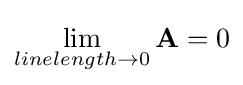
\lim _{linelength\to 0}\mathbf {A} =0